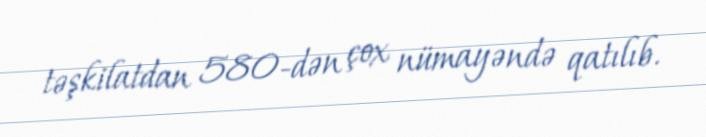
təşkilatdan 580-dən çox nümayəndə qatılıb.